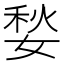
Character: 媝